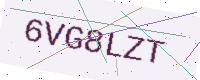
Text: 6VG8LZT